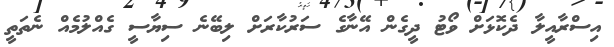
އިސްރާއީލާ ދެކޮޅަށް ވޯޓު ދީގެން އޭނާގެ ސަރުކާރަށް ލިބޭނެ ސިޔާސީ ގެއްލުމެއް ނެތަތީ